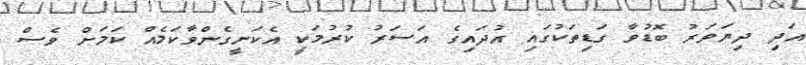
އަދި ދިޔަވަރު ބޮޑުވާ ގަޑިތަކުގައި އުދައިގެ އަސަރު ކުރުމަކީ އެކަށީގެންވާކަމެއް ކަމަށް ވެސް